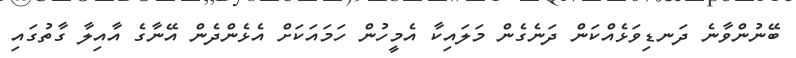
ބޭނުންވާނެ ދަނޑިވަޅެއްކަން ދަނެގެން މަލައިކާ އެމީހުން ހަމައަކަށް އެޅެންދެން އޭނާގެ އާއިލާ ގާތުގައި